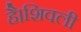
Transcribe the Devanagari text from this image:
है।शिवली